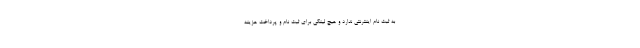
به ثبت نام اینترنتی ندارد و هیچ لینکی برای ثبت نام و پرداخت هزینه